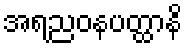
အရညဝနပတ္ထာနိ